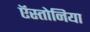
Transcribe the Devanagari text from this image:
ऍस्तोनिया